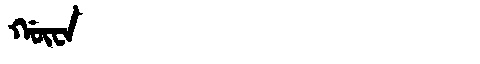
Manchu: ᡤᡡᠸᠠ
Romanization: GŪWA